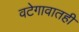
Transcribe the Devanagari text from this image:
वटेगावातही